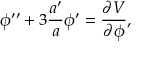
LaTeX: { \phi } ^ { \prime \prime } + 3 \frac { a ^ { \prime } } { a } { \phi } ^ { \prime } = \frac { \partial V } { \partial \phi } ,